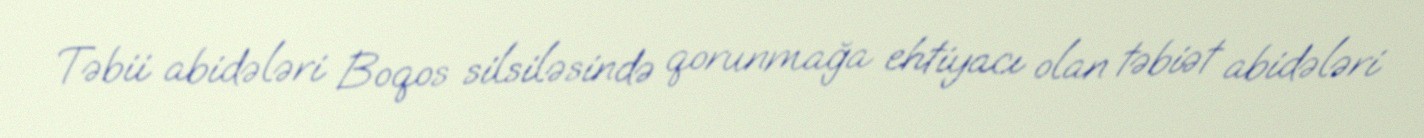
Təbii abidələri Boqos silsiləsində qorunmağa ehtiyacı olan təbiət abidələri